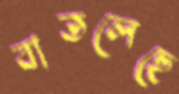
বাতলেছে